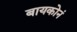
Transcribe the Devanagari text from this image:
बायकोनं